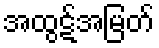
အထွဋ်အမြတ်